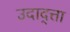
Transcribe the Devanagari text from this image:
उदाद्त्ता